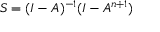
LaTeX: S = ( I - A ) ^ { - 1 } ( I - A ^ { n + 1 } )